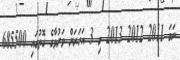
ނަމަ 2011 2012 2013 މި 3 އަހަރަށް ވަރުވާގެ ގޮތުގައި 685500